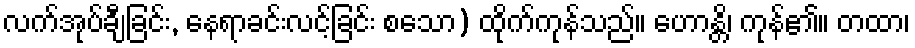
လက်အုပ်ချီခြင်း, နေရာခင်းလင့်ခြင်း စသော) ထိုက်ကုန်သည်။ ဟောန္တိ၊ ကုန်၏။ တထာ၊